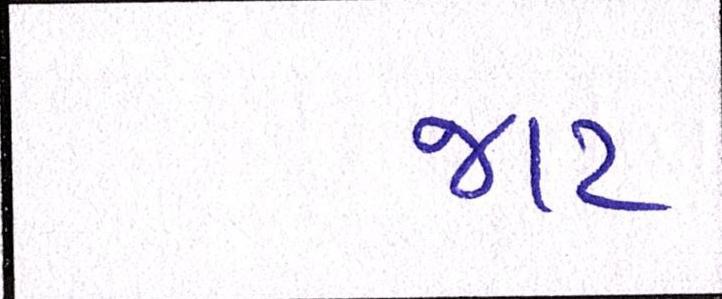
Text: જાટ